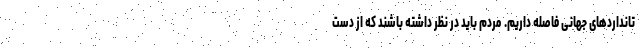
تانداردهای جهانی فاصله داریم. مردم باید در نظر داشته باشند که از دست